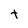
Character: t